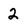
Character: 2